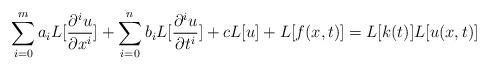
LaTeX: \begin{align*}\sum_{i=0}^ma_iL[\frac{\partial^i u}{\partial x^i}]+\sum_{i=0}^nb_iL[\frac{\partial^i u}{\partial t^i}]+cL[u]+L[f(x, t)]=L[k(t)]L[u(x, t)]\end{align*}